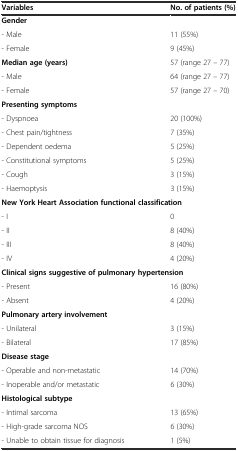
| Variables | No. of patients (%) |
 | --- | --- |
 | <COLSPAN=2> Gender |
 | - Male | 11 (55%) |
 | - Female | 9 (45%) |
 | Median age (years) | 57 (range 27 – 77) |
 | - Male | 64 (range 27 – 77) |
 | - Female | 57 (range 27 – 70) |
 | <COLSPAN=2> Presenting symptoms |
 | - Dyspnoea | 20 (100%) |
 | - Chest pain/tightness | 7 (35%) |
 | - Dependent oedema | 5 (25%) |
 | - Constitutional symptoms | 5 (25%) |
 | - Cough | 3 (15%) |
 | - Haemoptysis | 3 (15%) |
 | <COLSPAN=2> New York Heart Association functional classification |
 | - I | 0 |
 | - II | 8 (40%) |
 | - III | 8 (40%) |
 | - IV | 4 (20%) |
 | <COLSPAN=2> Clinical signs suggestive of pulmonary hypertension |
 | - Present | 16 (80%) |
 | - Absent | 4 (20%) |
 | <COLSPAN=2> Pulmonary artery involvement |
 | - Unilateral | 3 (15%) |
 | - Bilateral | 17 (85%) |
 | <COLSPAN=2> Disease stage |
 | - Operable and non-metastatic | 14 (70%) |
 | - Inoperable and/or metastatic | 6 (30%) |
 | <COLSPAN=2> Histological subtype |
 | - Intimal sarcoma | 13 (65%) |
 | - High-grade sarcoma NOS | 6 (30%) |
 | - Unable to obtain tissue for diagnosis | 1 (5%) |